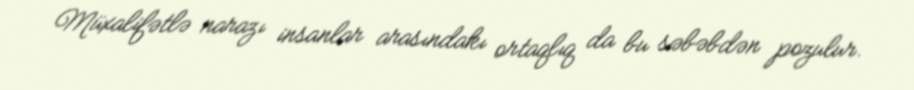
Müxalifətlə narazı insanlar arasındakı ortaqlıq da bu səbəbdən pozulur.